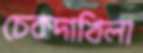
চেকদাখিলা